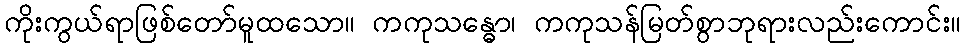
ကိုးကွယ်ရာဖြစ်တော်မူထသော။ ကကုသန္ဓော၊ ကကုသန်မြတ်စွာဘုရားလည်းကောင်း။